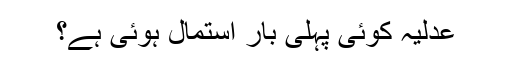
عدلیہ کوئی پہلی بار استمال ہوئی ہے؟